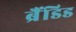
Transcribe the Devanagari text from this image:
ब्रैंडिड